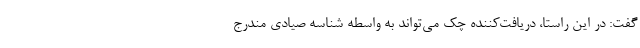
گفت: در این راستا، دریافت‌کننده چک می‌تواند به واسطه شناسه صیادی مندرج